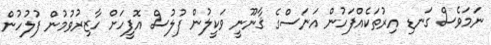
ނަމަވެސް ގަނޑި އިރުތަކެއްފަހުން އަނަސްގެ ޤާނޫނީ ވަކީލުން ފުލުސް އޮފީހަށް ހާޒިރުވުމުން ފުލުހުން